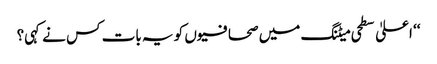
‘‘ اعلیٰ سطحی میٹنگ میں صحافیوں کو یہ بات کس نے کہی؟